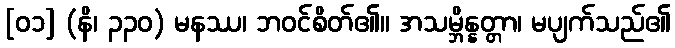
[၀၁] (နိ၊ ၃၃၀) မနဿ၊ ဘဝင်စိတ်၏။ အသမ္ဘိန္နတ္တာ၊ မပျက်သည်၏